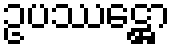
ဥပဿဋ္ဌော